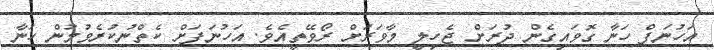
އަހުނަފް ހަނާ ގޮވައިގެން ދުރަށް ޖެހިލީ މާވަރަށް ރޯވޭތީއެވެ. އަހުނަފަށް ކެތްނުކުރެވުމުން ހަނާ